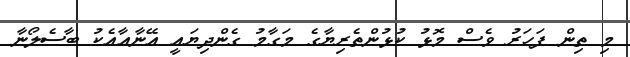
މި ތިން ފަހަރު ވެސް މޮޅު ކުޅުންތެރިޔާގެ މަގާމު ގެންދިޔައީ އޭނާއާއެކު ބާސެލޯނާ